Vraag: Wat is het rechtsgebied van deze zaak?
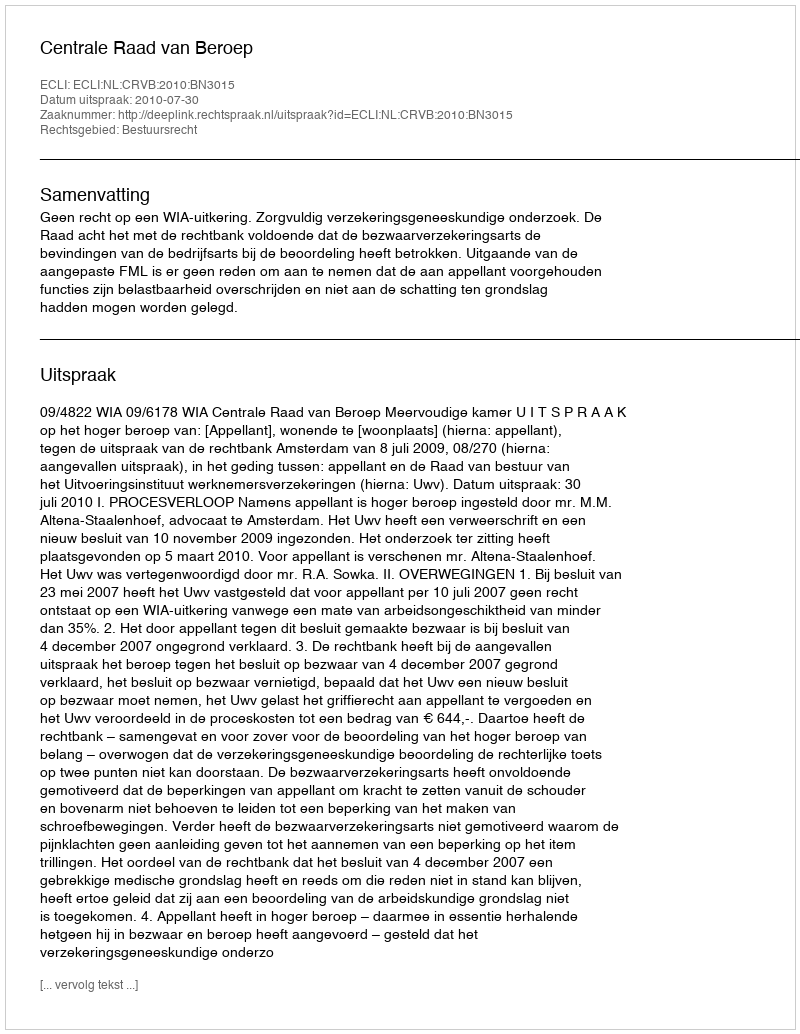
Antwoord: Bestuursrecht